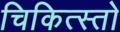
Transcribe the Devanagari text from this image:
चिकित्स्तो